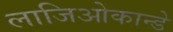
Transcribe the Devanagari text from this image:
लाजिओकान्डे